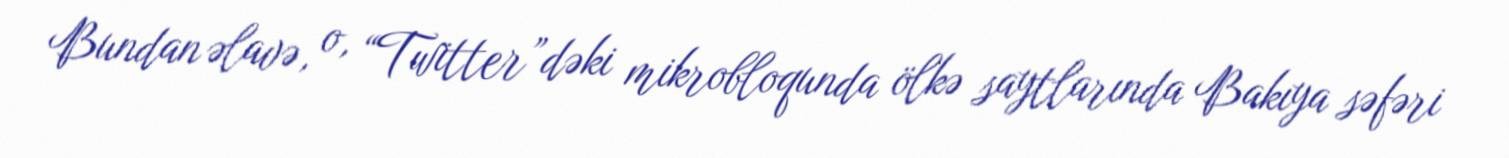
Bundan əlavə, o, “Twitter”dəki mikrobloqunda ölkə saytlarında Bakıya səfəri